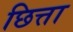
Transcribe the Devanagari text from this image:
छित्ता